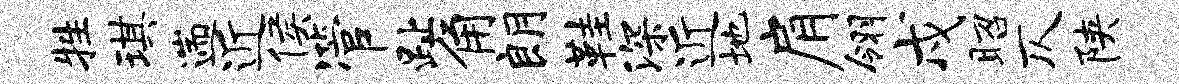
牲琪遄近侯管趾角朗鞋深近地肩翎戍昭仄陕